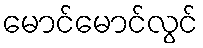
မောင်မောင်လွင်